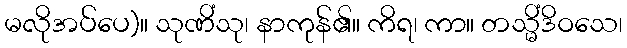
မလိုအပ်ပေ)။ သုဏိံသု၊ နာကုန်၏။ ကိရ၊ ကာ။ တသ္မိံဒိဝသေ၊